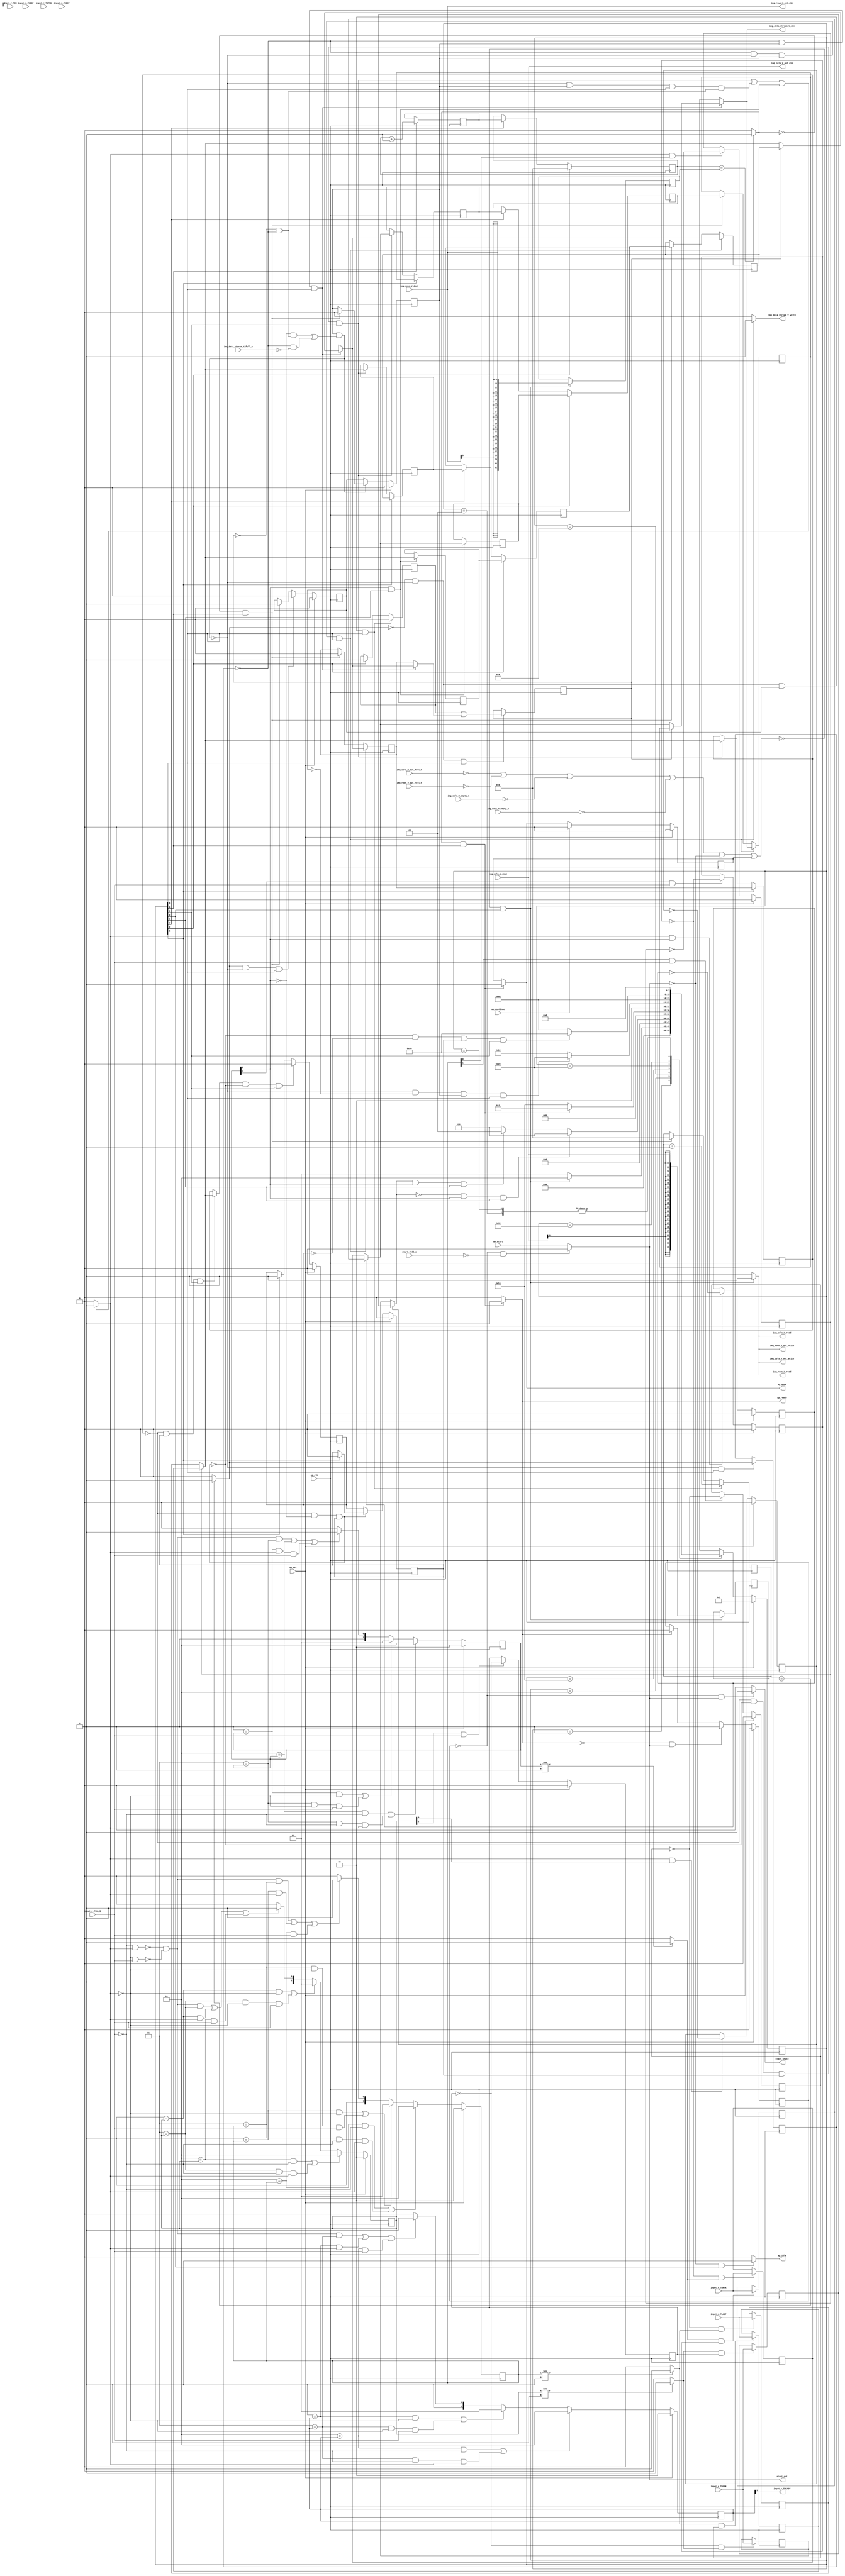
// ==============================================================
// RTL generated by Vivado(TM) HLS - High-Level Synthesis from C, C++ and SystemC
// Version: 2018.2
// Copyright (C) 1986-2018 Xilinx, Inc. All Rights Reserved.
// 
// ===========================================================

`timescale 1 ns / 1 ps 

module AXIvideo2Mat (
        ap_clk,
        ap_rst,
        ap_start,
        start_full_n,
        ap_done,
        ap_continue,
        ap_idle,
        ap_ready,
        start_out,
        start_write,
        input_r_TDATA,
        input_r_TVALID,
        input_r_TREADY,
        input_r_TKEEP,
        input_r_TSTRB,
        input_r_TUSER,
        input_r_TLAST,
        input_r_TID,
        input_r_TDEST,
        img_rows_V_dout,
        img_rows_V_empty_n,
        img_rows_V_read,
        img_cols_V_dout,
        img_cols_V_empty_n,
        img_cols_V_read,
        img_data_stream_V_din,
        img_data_stream_V_full_n,
        img_data_stream_V_write,
        img_rows_V_out_din,
        img_rows_V_out_full_n,
        img_rows_V_out_write,
        img_cols_V_out_din,
        img_cols_V_out_full_n,
        img_cols_V_out_write
);

parameter    ap_ST_fsm_state1 = 8'd1;
parameter    ap_ST_fsm_state2 = 8'd2;
parameter    ap_ST_fsm_state3 = 8'd4;
parameter    ap_ST_fsm_state4 = 8'd8;
parameter    ap_ST_fsm_pp1_stage0 = 8'd16;
parameter    ap_ST_fsm_state7 = 8'd32;
parameter    ap_ST_fsm_pp2_stage0 = 8'd64;
parameter    ap_ST_fsm_state10 = 8'd128;

input   ap_clk;
input   ap_rst;
input   ap_start;
input   start_full_n;
output   ap_done;
input   ap_continue;
output   ap_idle;
output   ap_ready;
output   start_out;
output   start_write;
input  [7:0] input_r_TDATA;
input   input_r_TVALID;
output   input_r_TREADY;
input  [0:0] input_r_TKEEP;
input  [0:0] input_r_TSTRB;
input  [0:0] input_r_TUSER;
input  [0:0] input_r_TLAST;
input  [0:0] input_r_TID;
input  [0:0] input_r_TDEST;
input  [9:0] img_rows_V_dout;
input   img_rows_V_empty_n;
output   img_rows_V_read;
input  [10:0] img_cols_V_dout;
input   img_cols_V_empty_n;
output   img_cols_V_read;
output  [7:0] img_data_stream_V_din;
input   img_data_stream_V_full_n;
output   img_data_stream_V_write;
output  [9:0] img_rows_V_out_din;
input   img_rows_V_out_full_n;
output   img_rows_V_out_write;
output  [10:0] img_cols_V_out_din;
input   img_cols_V_out_full_n;
output   img_cols_V_out_write;

reg ap_done;
reg ap_idle;
reg start_write;
reg img_rows_V_read;
reg img_cols_V_read;
reg img_data_stream_V_write;
reg img_rows_V_out_write;
reg img_cols_V_out_write;

reg    real_start;
reg    start_once_reg;
reg    ap_done_reg;
(* fsm_encoding = "none" *) reg   [7:0] ap_CS_fsm;
wire    ap_CS_fsm_state1;
reg    internal_ap_ready;
reg   [7:0] AXI_video_strm_V_data_V_0_data_out;
wire    AXI_video_strm_V_data_V_0_vld_in;
wire    AXI_video_strm_V_data_V_0_vld_out;
wire    AXI_video_strm_V_data_V_0_ack_in;
reg    AXI_video_strm_V_data_V_0_ack_out;
reg   [7:0] AXI_video_strm_V_data_V_0_payload_A;
reg   [7:0] AXI_video_strm_V_data_V_0_payload_B;
reg    AXI_video_strm_V_data_V_0_sel_rd;
reg    AXI_video_strm_V_data_V_0_sel_wr;
wire    AXI_video_strm_V_data_V_0_sel;
wire    AXI_video_strm_V_data_V_0_load_A;
wire    AXI_video_strm_V_data_V_0_load_B;
reg   [1:0] AXI_video_strm_V_data_V_0_state;
wire    AXI_video_strm_V_data_V_0_state_cmp_full;
reg   [0:0] AXI_video_strm_V_user_V_0_data_out;
wire    AXI_video_strm_V_user_V_0_vld_in;
wire    AXI_video_strm_V_user_V_0_vld_out;
wire    AXI_video_strm_V_user_V_0_ack_in;
reg    AXI_video_strm_V_user_V_0_ack_out;
reg   [0:0] AXI_video_strm_V_user_V_0_payload_A;
reg   [0:0] AXI_video_strm_V_user_V_0_payload_B;
reg    AXI_video_strm_V_user_V_0_sel_rd;
reg    AXI_video_strm_V_user_V_0_sel_wr;
wire    AXI_video_strm_V_user_V_0_sel;
wire    AXI_video_strm_V_user_V_0_load_A;
wire    AXI_video_strm_V_user_V_0_load_B;
reg   [1:0] AXI_video_strm_V_user_V_0_state;
wire    AXI_video_strm_V_user_V_0_state_cmp_full;
reg   [0:0] AXI_video_strm_V_last_V_0_data_out;
wire    AXI_video_strm_V_last_V_0_vld_in;
wire    AXI_video_strm_V_last_V_0_vld_out;
wire    AXI_video_strm_V_last_V_0_ack_in;
reg    AXI_video_strm_V_last_V_0_ack_out;
reg   [0:0] AXI_video_strm_V_last_V_0_payload_A;
reg   [0:0] AXI_video_strm_V_last_V_0_payload_B;
reg    AXI_video_strm_V_last_V_0_sel_rd;
reg    AXI_video_strm_V_last_V_0_sel_wr;
wire    AXI_video_strm_V_last_V_0_sel;
wire    AXI_video_strm_V_last_V_0_load_A;
wire    AXI_video_strm_V_last_V_0_load_B;
reg   [1:0] AXI_video_strm_V_last_V_0_state;
wire    AXI_video_strm_V_last_V_0_state_cmp_full;
wire    AXI_video_strm_V_dest_V_0_vld_in;
reg    AXI_video_strm_V_dest_V_0_ack_out;
reg   [1:0] AXI_video_strm_V_dest_V_0_state;
reg    input_r_TDATA_blk_n;
wire    ap_CS_fsm_state2;
wire    ap_CS_fsm_pp1_stage0;
reg    ap_enable_reg_pp1_iter1;
wire    ap_block_pp1_stage0;
reg   [0:0] exitcond_i_reg_444;
reg   [0:0] brmerge_i_reg_453;
wire    ap_CS_fsm_pp2_stage0;
reg    ap_enable_reg_pp2_iter1;
wire    ap_block_pp2_stage0;
reg   [0:0] eol_2_i_reg_307;
reg    img_rows_V_blk_n;
reg    img_cols_V_blk_n;
reg    img_data_stream_V_blk_n;
reg    img_rows_V_out_blk_n;
reg    img_cols_V_out_blk_n;
reg   [31:0] t_V_2_reg_236;
reg   [0:0] eol_i_reg_247;
reg   [0:0] eol_reg_259;
reg   [7:0] axi_data_V_1_i_reg_270;
reg   [0:0] axi_last_V_3_i_reg_318;
reg   [7:0] axi_data_V_3_i_reg_330;
wire  signed [31:0] rows_V_fu_352_p1;
reg  signed [31:0] rows_V_reg_405;
reg    ap_block_state1;
wire  signed [31:0] cols_V_fu_356_p1;
reg  signed [31:0] cols_V_reg_410;
reg   [7:0] tmp_data_V_reg_415;
reg   [0:0] tmp_last_V_reg_423;
wire   [0:0] exitcond2_i_fu_369_p2;
wire    ap_CS_fsm_state4;
wire   [31:0] i_V_fu_374_p2;
reg   [31:0] i_V_reg_439;
wire   [0:0] exitcond_i_fu_380_p2;
wire    ap_block_state5_pp1_stage0_iter0;
reg    ap_predicate_op71_read_state6;
reg    ap_block_state6_pp1_stage0_iter1;
reg    ap_block_pp1_stage0_11001;
wire   [31:0] j_V_fu_385_p2;
reg    ap_enable_reg_pp1_iter0;
wire   [0:0] brmerge_i_fu_394_p2;
wire    ap_block_state8_pp2_stage0_iter0;
reg    ap_block_state9_pp2_stage0_iter1;
reg    ap_block_pp2_stage0_11001;
reg    ap_block_pp1_stage0_subdone;
reg    ap_enable_reg_pp2_iter0;
wire    ap_CS_fsm_state7;
reg    ap_block_pp2_stage0_subdone;
reg   [0:0] ap_phi_mux_eol_2_i_phi_fu_310_p4;
reg   [0:0] axi_last_V1_i_reg_205;
wire    ap_CS_fsm_state10;
wire    ap_CS_fsm_state3;
reg   [7:0] axi_data_V1_i_reg_215;
reg   [31:0] t_V_reg_225;
reg   [0:0] ap_phi_mux_eol_i_phi_fu_251_p4;
reg   [0:0] ap_phi_mux_axi_last_V_2_i_phi_fu_286_p4;
reg   [7:0] ap_phi_mux_p_Val2_s_phi_fu_298_p4;
wire   [0:0] ap_phi_reg_pp1_iter1_axi_last_V_2_i_reg_281;
wire   [7:0] ap_phi_reg_pp1_iter1_p_Val2_s_reg_294;
reg    ap_block_pp1_stage0_01001;
reg   [0:0] sof_1_i_fu_148;
wire  signed [9:0] rows_V_fu_352_p0;
wire  signed [10:0] cols_V_fu_356_p0;
wire   [0:0] tmp_user_V_fu_360_p1;
reg   [7:0] ap_NS_fsm;
reg    ap_idle_pp1;
wire    ap_enable_pp1;
reg    ap_idle_pp2;
wire    ap_enable_pp2;
reg    ap_condition_521;

// power-on initialization
initial begin
#0 start_once_reg = 1'b0;
#0 ap_done_reg = 1'b0;
#0 ap_CS_fsm = 8'd1;
#0 AXI_video_strm_V_data_V_0_sel_rd = 1'b0;
#0 AXI_video_strm_V_data_V_0_sel_wr = 1'b0;
#0 AXI_video_strm_V_data_V_0_state = 2'd0;
#0 AXI_video_strm_V_user_V_0_sel_rd = 1'b0;
#0 AXI_video_strm_V_user_V_0_sel_wr = 1'b0;
#0 AXI_video_strm_V_user_V_0_state = 2'd0;
#0 AXI_video_strm_V_last_V_0_sel_rd = 1'b0;
#0 AXI_video_strm_V_last_V_0_sel_wr = 1'b0;
#0 AXI_video_strm_V_last_V_0_state = 2'd0;
#0 AXI_video_strm_V_dest_V_0_state = 2'd0;
#0 ap_enable_reg_pp1_iter1 = 1'b0;
#0 ap_enable_reg_pp2_iter1 = 1'b0;
#0 ap_enable_reg_pp1_iter0 = 1'b0;
#0 ap_enable_reg_pp2_iter0 = 1'b0;
end

always @ (posedge ap_clk) begin
    if (ap_rst == 1'b1) begin
        AXI_video_strm_V_data_V_0_sel_rd <= 1'b0;
    end else begin
        if (((1'b1 == AXI_video_strm_V_data_V_0_ack_out) & (1'b1 == AXI_video_strm_V_data_V_0_vld_out))) begin
            AXI_video_strm_V_data_V_0_sel_rd <= ~AXI_video_strm_V_data_V_0_sel_rd;
        end
    end
end

always @ (posedge ap_clk) begin
    if (ap_rst == 1'b1) begin
        AXI_video_strm_V_data_V_0_sel_wr <= 1'b0;
    end else begin
        if (((1'b1 == AXI_video_strm_V_data_V_0_ack_in) & (1'b1 == AXI_video_strm_V_data_V_0_vld_in))) begin
            AXI_video_strm_V_data_V_0_sel_wr <= ~AXI_video_strm_V_data_V_0_sel_wr;
        end
    end
end

always @ (posedge ap_clk) begin
    if (ap_rst == 1'b1) begin
        AXI_video_strm_V_data_V_0_state <= 2'd0;
    end else begin
        if ((((2'd2 == AXI_video_strm_V_data_V_0_state) & (1'b0 == AXI_video_strm_V_data_V_0_vld_in)) | ((2'd3 == AXI_video_strm_V_data_V_0_state) & (1'b0 == AXI_video_strm_V_data_V_0_vld_in) & (1'b1 == AXI_video_strm_V_data_V_0_ack_out)))) begin
            AXI_video_strm_V_data_V_0_state <= 2'd2;
        end else if ((((2'd1 == AXI_video_strm_V_data_V_0_state) & (1'b0 == AXI_video_strm_V_data_V_0_ack_out)) | ((2'd3 == AXI_video_strm_V_data_V_0_state) & (1'b0 == AXI_video_strm_V_data_V_0_ack_out) & (1'b1 == AXI_video_strm_V_data_V_0_vld_in)))) begin
            AXI_video_strm_V_data_V_0_state <= 2'd1;
        end else if (((~((1'b0 == AXI_video_strm_V_data_V_0_vld_in) & (1'b1 == AXI_video_strm_V_data_V_0_ack_out)) & ~((1'b0 == AXI_video_strm_V_data_V_0_ack_out) & (1'b1 == AXI_video_strm_V_data_V_0_vld_in)) & (2'd3 == AXI_video_strm_V_data_V_0_state)) | ((2'd1 == AXI_video_strm_V_data_V_0_state) & (1'b1 == AXI_video_strm_V_data_V_0_ack_out)) | ((2'd2 == AXI_video_strm_V_data_V_0_state) & (1'b1 == AXI_video_strm_V_data_V_0_vld_in)))) begin
            AXI_video_strm_V_data_V_0_state <= 2'd3;
        end else begin
            AXI_video_strm_V_data_V_0_state <= 2'd2;
        end
    end
end

always @ (posedge ap_clk) begin
    if (ap_rst == 1'b1) begin
        AXI_video_strm_V_dest_V_0_state <= 2'd0;
    end else begin
        if ((((2'd2 == AXI_video_strm_V_dest_V_0_state) & (1'b0 == AXI_video_strm_V_dest_V_0_vld_in)) | ((2'd3 == AXI_video_strm_V_dest_V_0_state) & (1'b0 == AXI_video_strm_V_dest_V_0_vld_in) & (1'b1 == AXI_video_strm_V_dest_V_0_ack_out)))) begin
            AXI_video_strm_V_dest_V_0_state <= 2'd2;
        end else if ((((2'd1 == AXI_video_strm_V_dest_V_0_state) & (1'b0 == AXI_video_strm_V_dest_V_0_ack_out)) | ((2'd3 == AXI_video_strm_V_dest_V_0_state) & (1'b0 == AXI_video_strm_V_dest_V_0_ack_out) & (1'b1 == AXI_video_strm_V_dest_V_0_vld_in)))) begin
            AXI_video_strm_V_dest_V_0_state <= 2'd1;
        end else if (((~((1'b0 == AXI_video_strm_V_dest_V_0_vld_in) & (1'b1 == AXI_video_strm_V_dest_V_0_ack_out)) & ~((1'b0 == AXI_video_strm_V_dest_V_0_ack_out) & (1'b1 == AXI_video_strm_V_dest_V_0_vld_in)) & (2'd3 == AXI_video_strm_V_dest_V_0_state)) | ((2'd1 == AXI_video_strm_V_dest_V_0_state) & (1'b1 == AXI_video_strm_V_dest_V_0_ack_out)) | ((2'd2 == AXI_video_strm_V_dest_V_0_state) & (1'b1 == AXI_video_strm_V_dest_V_0_vld_in)))) begin
            AXI_video_strm_V_dest_V_0_state <= 2'd3;
        end else begin
            AXI_video_strm_V_dest_V_0_state <= 2'd2;
        end
    end
end

always @ (posedge ap_clk) begin
    if (ap_rst == 1'b1) begin
        AXI_video_strm_V_last_V_0_sel_rd <= 1'b0;
    end else begin
        if (((1'b1 == AXI_video_strm_V_last_V_0_ack_out) & (1'b1 == AXI_video_strm_V_last_V_0_vld_out))) begin
            AXI_video_strm_V_last_V_0_sel_rd <= ~AXI_video_strm_V_last_V_0_sel_rd;
        end
    end
end

always @ (posedge ap_clk) begin
    if (ap_rst == 1'b1) begin
        AXI_video_strm_V_last_V_0_sel_wr <= 1'b0;
    end else begin
        if (((1'b1 == AXI_video_strm_V_last_V_0_ack_in) & (1'b1 == AXI_video_strm_V_last_V_0_vld_in))) begin
            AXI_video_strm_V_last_V_0_sel_wr <= ~AXI_video_strm_V_last_V_0_sel_wr;
        end
    end
end

always @ (posedge ap_clk) begin
    if (ap_rst == 1'b1) begin
        AXI_video_strm_V_last_V_0_state <= 2'd0;
    end else begin
        if ((((2'd2 == AXI_video_strm_V_last_V_0_state) & (1'b0 == AXI_video_strm_V_last_V_0_vld_in)) | ((2'd3 == AXI_video_strm_V_last_V_0_state) & (1'b0 == AXI_video_strm_V_last_V_0_vld_in) & (1'b1 == AXI_video_strm_V_last_V_0_ack_out)))) begin
            AXI_video_strm_V_last_V_0_state <= 2'd2;
        end else if ((((2'd1 == AXI_video_strm_V_last_V_0_state) & (1'b0 == AXI_video_strm_V_last_V_0_ack_out)) | ((2'd3 == AXI_video_strm_V_last_V_0_state) & (1'b0 == AXI_video_strm_V_last_V_0_ack_out) & (1'b1 == AXI_video_strm_V_last_V_0_vld_in)))) begin
            AXI_video_strm_V_last_V_0_state <= 2'd1;
        end else if (((~((1'b0 == AXI_video_strm_V_last_V_0_vld_in) & (1'b1 == AXI_video_strm_V_last_V_0_ack_out)) & ~((1'b0 == AXI_video_strm_V_last_V_0_ack_out) & (1'b1 == AXI_video_strm_V_last_V_0_vld_in)) & (2'd3 == AXI_video_strm_V_last_V_0_state)) | ((2'd1 == AXI_video_strm_V_last_V_0_state) & (1'b1 == AXI_video_strm_V_last_V_0_ack_out)) | ((2'd2 == AXI_video_strm_V_last_V_0_state) & (1'b1 == AXI_video_strm_V_last_V_0_vld_in)))) begin
            AXI_video_strm_V_last_V_0_state <= 2'd3;
        end else begin
            AXI_video_strm_V_last_V_0_state <= 2'd2;
        end
    end
end

always @ (posedge ap_clk) begin
    if (ap_rst == 1'b1) begin
        AXI_video_strm_V_user_V_0_sel_rd <= 1'b0;
    end else begin
        if (((1'b1 == AXI_video_strm_V_user_V_0_ack_out) & (1'b1 == AXI_video_strm_V_user_V_0_vld_out))) begin
            AXI_video_strm_V_user_V_0_sel_rd <= ~AXI_video_strm_V_user_V_0_sel_rd;
        end
    end
end

always @ (posedge ap_clk) begin
    if (ap_rst == 1'b1) begin
        AXI_video_strm_V_user_V_0_sel_wr <= 1'b0;
    end else begin
        if (((1'b1 == AXI_video_strm_V_user_V_0_ack_in) & (1'b1 == AXI_video_strm_V_user_V_0_vld_in))) begin
            AXI_video_strm_V_user_V_0_sel_wr <= ~AXI_video_strm_V_user_V_0_sel_wr;
        end
    end
end

always @ (posedge ap_clk) begin
    if (ap_rst == 1'b1) begin
        AXI_video_strm_V_user_V_0_state <= 2'd0;
    end else begin
        if ((((2'd2 == AXI_video_strm_V_user_V_0_state) & (1'b0 == AXI_video_strm_V_user_V_0_vld_in)) | ((2'd3 == AXI_video_strm_V_user_V_0_state) & (1'b0 == AXI_video_strm_V_user_V_0_vld_in) & (1'b1 == AXI_video_strm_V_user_V_0_ack_out)))) begin
            AXI_video_strm_V_user_V_0_state <= 2'd2;
        end else if ((((2'd1 == AXI_video_strm_V_user_V_0_state) & (1'b0 == AXI_video_strm_V_user_V_0_ack_out)) | ((2'd3 == AXI_video_strm_V_user_V_0_state) & (1'b0 == AXI_video_strm_V_user_V_0_ack_out) & (1'b1 == AXI_video_strm_V_user_V_0_vld_in)))) begin
            AXI_video_strm_V_user_V_0_state <= 2'd1;
        end else if (((~((1'b0 == AXI_video_strm_V_user_V_0_vld_in) & (1'b1 == AXI_video_strm_V_user_V_0_ack_out)) & ~((1'b0 == AXI_video_strm_V_user_V_0_ack_out) & (1'b1 == AXI_video_strm_V_user_V_0_vld_in)) & (2'd3 == AXI_video_strm_V_user_V_0_state)) | ((2'd1 == AXI_video_strm_V_user_V_0_state) & (1'b1 == AXI_video_strm_V_user_V_0_ack_out)) | ((2'd2 == AXI_video_strm_V_user_V_0_state) & (1'b1 == AXI_video_strm_V_user_V_0_vld_in)))) begin
            AXI_video_strm_V_user_V_0_state <= 2'd3;
        end else begin
            AXI_video_strm_V_user_V_0_state <= 2'd2;
        end
    end
end

always @ (posedge ap_clk) begin
    if (ap_rst == 1'b1) begin
        ap_CS_fsm <= ap_ST_fsm_state1;
    end else begin
        ap_CS_fsm <= ap_NS_fsm;
    end
end

always @ (posedge ap_clk) begin
    if (ap_rst == 1'b1) begin
        ap_done_reg <= 1'b0;
    end else begin
        if ((ap_continue == 1'b1)) begin
            ap_done_reg <= 1'b0;
        end else if (((exitcond2_i_fu_369_p2 == 1'd1) & (1'b1 == ap_CS_fsm_state4))) begin
            ap_done_reg <= 1'b1;
        end
    end
end

always @ (posedge ap_clk) begin
    if (ap_rst == 1'b1) begin
        ap_enable_reg_pp1_iter0 <= 1'b0;
    end else begin
        if (((exitcond_i_fu_380_p2 == 1'd1) & (1'b0 == ap_block_pp1_stage0_subdone) & (1'b1 == ap_CS_fsm_pp1_stage0))) begin
            ap_enable_reg_pp1_iter0 <= 1'b0;
        end else if (((exitcond2_i_fu_369_p2 == 1'd0) & (1'b1 == ap_CS_fsm_state4))) begin
            ap_enable_reg_pp1_iter0 <= 1'b1;
        end
    end
end

always @ (posedge ap_clk) begin
    if (ap_rst == 1'b1) begin
        ap_enable_reg_pp1_iter1 <= 1'b0;
    end else begin
        if ((1'b0 == ap_block_pp1_stage0_subdone)) begin
            ap_enable_reg_pp1_iter1 <= ap_enable_reg_pp1_iter0;
        end else if (((exitcond2_i_fu_369_p2 == 1'd0) & (1'b1 == ap_CS_fsm_state4))) begin
            ap_enable_reg_pp1_iter1 <= 1'b0;
        end
    end
end

always @ (posedge ap_clk) begin
    if (ap_rst == 1'b1) begin
        ap_enable_reg_pp2_iter0 <= 1'b0;
    end else begin
        if (((ap_phi_mux_eol_2_i_phi_fu_310_p4 == 1'd1) & (1'b0 == ap_block_pp2_stage0_subdone) & (1'b1 == ap_CS_fsm_pp2_stage0))) begin
            ap_enable_reg_pp2_iter0 <= 1'b0;
        end else if ((1'b1 == ap_CS_fsm_state7)) begin
            ap_enable_reg_pp2_iter0 <= 1'b1;
        end
    end
end

always @ (posedge ap_clk) begin
    if (ap_rst == 1'b1) begin
        ap_enable_reg_pp2_iter1 <= 1'b0;
    end else begin
        if ((1'b0 == ap_block_pp2_stage0_subdone)) begin
            ap_enable_reg_pp2_iter1 <= ap_enable_reg_pp2_iter0;
        end else if ((1'b1 == ap_CS_fsm_state7)) begin
            ap_enable_reg_pp2_iter1 <= 1'b0;
        end
    end
end

always @ (posedge ap_clk) begin
    if (ap_rst == 1'b1) begin
        start_once_reg <= 1'b0;
    end else begin
        if (((internal_ap_ready == 1'b0) & (real_start == 1'b1))) begin
            start_once_reg <= 1'b1;
        end else if ((internal_ap_ready == 1'b1)) begin
            start_once_reg <= 1'b0;
        end
    end
end

always @ (posedge ap_clk) begin
    if ((1'b1 == ap_CS_fsm_state3)) begin
        axi_data_V1_i_reg_215 <= tmp_data_V_reg_415;
    end else if ((1'b1 == ap_CS_fsm_state10)) begin
        axi_data_V1_i_reg_215 <= axi_data_V_3_i_reg_330;
    end
end

always @ (posedge ap_clk) begin
    if (((exitcond_i_reg_444 == 1'd0) & (1'b0 == ap_block_pp1_stage0_11001) & (ap_enable_reg_pp1_iter1 == 1'b1) & (1'b1 == ap_CS_fsm_pp1_stage0))) begin
        axi_data_V_1_i_reg_270 <= ap_phi_mux_p_Val2_s_phi_fu_298_p4;
    end else if (((exitcond2_i_fu_369_p2 == 1'd0) & (1'b1 == ap_CS_fsm_state4))) begin
        axi_data_V_1_i_reg_270 <= axi_data_V1_i_reg_215;
    end
end

always @ (posedge ap_clk) begin
    if ((1'b1 == ap_CS_fsm_state7)) begin
        axi_data_V_3_i_reg_330 <= axi_data_V_1_i_reg_270;
    end else if (((eol_2_i_reg_307 == 1'd0) & (1'b0 == ap_block_pp2_stage0_11001) & (ap_enable_reg_pp2_iter1 == 1'b1) & (1'b1 == ap_CS_fsm_pp2_stage0))) begin
        axi_data_V_3_i_reg_330 <= AXI_video_strm_V_data_V_0_data_out;
    end
end

always @ (posedge ap_clk) begin
    if ((1'b1 == ap_CS_fsm_state3)) begin
        axi_last_V1_i_reg_205 <= tmp_last_V_reg_423;
    end else if ((1'b1 == ap_CS_fsm_state10)) begin
        axi_last_V1_i_reg_205 <= axi_last_V_3_i_reg_318;
    end
end

always @ (posedge ap_clk) begin
    if ((1'b1 == ap_CS_fsm_state7)) begin
        axi_last_V_3_i_reg_318 <= eol_reg_259;
    end else if (((eol_2_i_reg_307 == 1'd0) & (1'b0 == ap_block_pp2_stage0_11001) & (ap_enable_reg_pp2_iter1 == 1'b1) & (1'b1 == ap_CS_fsm_pp2_stage0))) begin
        axi_last_V_3_i_reg_318 <= AXI_video_strm_V_last_V_0_data_out;
    end
end

always @ (posedge ap_clk) begin
    if ((1'b1 == ap_CS_fsm_state7)) begin
        eol_2_i_reg_307 <= eol_i_reg_247;
    end else if (((eol_2_i_reg_307 == 1'd0) & (1'b0 == ap_block_pp2_stage0_11001) & (ap_enable_reg_pp2_iter1 == 1'b1) & (1'b1 == ap_CS_fsm_pp2_stage0))) begin
        eol_2_i_reg_307 <= AXI_video_strm_V_last_V_0_data_out;
    end
end

always @ (posedge ap_clk) begin
    if (((exitcond_i_reg_444 == 1'd0) & (1'b0 == ap_block_pp1_stage0_11001) & (ap_enable_reg_pp1_iter1 == 1'b1) & (1'b1 == ap_CS_fsm_pp1_stage0))) begin
        eol_i_reg_247 <= ap_phi_mux_axi_last_V_2_i_phi_fu_286_p4;
    end else if (((exitcond2_i_fu_369_p2 == 1'd0) & (1'b1 == ap_CS_fsm_state4))) begin
        eol_i_reg_247 <= 1'd0;
    end
end

always @ (posedge ap_clk) begin
    if (((exitcond_i_reg_444 == 1'd0) & (1'b0 == ap_block_pp1_stage0_11001) & (ap_enable_reg_pp1_iter1 == 1'b1) & (1'b1 == ap_CS_fsm_pp1_stage0))) begin
        eol_reg_259 <= ap_phi_mux_axi_last_V_2_i_phi_fu_286_p4;
    end else if (((exitcond2_i_fu_369_p2 == 1'd0) & (1'b1 == ap_CS_fsm_state4))) begin
        eol_reg_259 <= axi_last_V1_i_reg_205;
    end
end

always @ (posedge ap_clk) begin
    if (((exitcond_i_fu_380_p2 == 1'd0) & (1'b0 == ap_block_pp1_stage0_11001) & (ap_enable_reg_pp1_iter0 == 1'b1) & (1'b1 == ap_CS_fsm_pp1_stage0))) begin
        sof_1_i_fu_148 <= 1'd0;
    end else if ((1'b1 == ap_CS_fsm_state3)) begin
        sof_1_i_fu_148 <= 1'd1;
    end
end

always @ (posedge ap_clk) begin
    if (((exitcond_i_fu_380_p2 == 1'd0) & (1'b0 == ap_block_pp1_stage0_11001) & (ap_enable_reg_pp1_iter0 == 1'b1) & (1'b1 == ap_CS_fsm_pp1_stage0))) begin
        t_V_2_reg_236 <= j_V_fu_385_p2;
    end else if (((exitcond2_i_fu_369_p2 == 1'd0) & (1'b1 == ap_CS_fsm_state4))) begin
        t_V_2_reg_236 <= 32'd0;
    end
end

always @ (posedge ap_clk) begin
    if ((1'b1 == ap_CS_fsm_state3)) begin
        t_V_reg_225 <= 32'd0;
    end else if ((1'b1 == ap_CS_fsm_state10)) begin
        t_V_reg_225 <= i_V_reg_439;
    end
end

always @ (posedge ap_clk) begin
    if ((1'b1 == AXI_video_strm_V_data_V_0_load_A)) begin
        AXI_video_strm_V_data_V_0_payload_A <= input_r_TDATA;
    end
end

always @ (posedge ap_clk) begin
    if ((1'b1 == AXI_video_strm_V_data_V_0_load_B)) begin
        AXI_video_strm_V_data_V_0_payload_B <= input_r_TDATA;
    end
end

always @ (posedge ap_clk) begin
    if ((1'b1 == AXI_video_strm_V_last_V_0_load_A)) begin
        AXI_video_strm_V_last_V_0_payload_A <= input_r_TLAST;
    end
end

always @ (posedge ap_clk) begin
    if ((1'b1 == AXI_video_strm_V_last_V_0_load_B)) begin
        AXI_video_strm_V_last_V_0_payload_B <= input_r_TLAST;
    end
end

always @ (posedge ap_clk) begin
    if ((1'b1 == AXI_video_strm_V_user_V_0_load_A)) begin
        AXI_video_strm_V_user_V_0_payload_A <= input_r_TUSER;
    end
end

always @ (posedge ap_clk) begin
    if ((1'b1 == AXI_video_strm_V_user_V_0_load_B)) begin
        AXI_video_strm_V_user_V_0_payload_B <= input_r_TUSER;
    end
end

always @ (posedge ap_clk) begin
    if (((exitcond_i_fu_380_p2 == 1'd0) & (1'b0 == ap_block_pp1_stage0_11001) & (1'b1 == ap_CS_fsm_pp1_stage0))) begin
        brmerge_i_reg_453 <= brmerge_i_fu_394_p2;
    end
end

always @ (posedge ap_clk) begin
    if ((~((img_cols_V_out_full_n == 1'b0) | (img_rows_V_out_full_n == 1'b0) | (img_cols_V_empty_n == 1'b0) | (img_rows_V_empty_n == 1'b0) | (real_start == 1'b0) | (ap_done_reg == 1'b1)) & (1'b1 == ap_CS_fsm_state1))) begin
        cols_V_reg_410 <= cols_V_fu_356_p1;
        rows_V_reg_405 <= rows_V_fu_352_p1;
    end
end

always @ (posedge ap_clk) begin
    if (((1'b0 == ap_block_pp1_stage0_11001) & (1'b1 == ap_CS_fsm_pp1_stage0))) begin
        exitcond_i_reg_444 <= exitcond_i_fu_380_p2;
    end
end

always @ (posedge ap_clk) begin
    if ((1'b1 == ap_CS_fsm_state4)) begin
        i_V_reg_439 <= i_V_fu_374_p2;
    end
end

always @ (posedge ap_clk) begin
    if (((1'b1 == AXI_video_strm_V_data_V_0_vld_out) & (1'b1 == ap_CS_fsm_state2))) begin
        tmp_data_V_reg_415 <= AXI_video_strm_V_data_V_0_data_out;
        tmp_last_V_reg_423 <= AXI_video_strm_V_last_V_0_data_out;
    end
end

always @ (*) begin
    if ((((eol_2_i_reg_307 == 1'd0) & (1'b0 == ap_block_pp2_stage0_11001) & (ap_enable_reg_pp2_iter1 == 1'b1) & (1'b1 == ap_CS_fsm_pp2_stage0)) | ((1'b0 == ap_block_pp1_stage0_11001) & (ap_enable_reg_pp1_iter1 == 1'b1) & (1'b1 == ap_CS_fsm_pp1_stage0) & (ap_predicate_op71_read_state6 == 1'b1)) | ((1'b1 == AXI_video_strm_V_data_V_0_vld_out) & (1'b1 == ap_CS_fsm_state2)))) begin
        AXI_video_strm_V_data_V_0_ack_out = 1'b1;
    end else begin
        AXI_video_strm_V_data_V_0_ack_out = 1'b0;
    end
end

always @ (*) begin
    if ((1'b1 == AXI_video_strm_V_data_V_0_sel)) begin
        AXI_video_strm_V_data_V_0_data_out = AXI_video_strm_V_data_V_0_payload_B;
    end else begin
        AXI_video_strm_V_data_V_0_data_out = AXI_video_strm_V_data_V_0_payload_A;
    end
end

always @ (*) begin
    if ((((eol_2_i_reg_307 == 1'd0) & (1'b0 == ap_block_pp2_stage0_11001) & (ap_enable_reg_pp2_iter1 == 1'b1) & (1'b1 == ap_CS_fsm_pp2_stage0)) | ((1'b0 == ap_block_pp1_stage0_11001) & (ap_enable_reg_pp1_iter1 == 1'b1) & (1'b1 == ap_CS_fsm_pp1_stage0) & (ap_predicate_op71_read_state6 == 1'b1)) | ((1'b1 == AXI_video_strm_V_data_V_0_vld_out) & (1'b1 == ap_CS_fsm_state2)))) begin
        AXI_video_strm_V_dest_V_0_ack_out = 1'b1;
    end else begin
        AXI_video_strm_V_dest_V_0_ack_out = 1'b0;
    end
end

always @ (*) begin
    if ((((eol_2_i_reg_307 == 1'd0) & (1'b0 == ap_block_pp2_stage0_11001) & (ap_enable_reg_pp2_iter1 == 1'b1) & (1'b1 == ap_CS_fsm_pp2_stage0)) | ((1'b0 == ap_block_pp1_stage0_11001) & (ap_enable_reg_pp1_iter1 == 1'b1) & (1'b1 == ap_CS_fsm_pp1_stage0) & (ap_predicate_op71_read_state6 == 1'b1)) | ((1'b1 == AXI_video_strm_V_data_V_0_vld_out) & (1'b1 == ap_CS_fsm_state2)))) begin
        AXI_video_strm_V_last_V_0_ack_out = 1'b1;
    end else begin
        AXI_video_strm_V_last_V_0_ack_out = 1'b0;
    end
end

always @ (*) begin
    if ((1'b1 == AXI_video_strm_V_last_V_0_sel)) begin
        AXI_video_strm_V_last_V_0_data_out = AXI_video_strm_V_last_V_0_payload_B;
    end else begin
        AXI_video_strm_V_last_V_0_data_out = AXI_video_strm_V_last_V_0_payload_A;
    end
end

always @ (*) begin
    if ((((eol_2_i_reg_307 == 1'd0) & (1'b0 == ap_block_pp2_stage0_11001) & (ap_enable_reg_pp2_iter1 == 1'b1) & (1'b1 == ap_CS_fsm_pp2_stage0)) | ((1'b0 == ap_block_pp1_stage0_11001) & (ap_enable_reg_pp1_iter1 == 1'b1) & (1'b1 == ap_CS_fsm_pp1_stage0) & (ap_predicate_op71_read_state6 == 1'b1)) | ((1'b1 == AXI_video_strm_V_data_V_0_vld_out) & (1'b1 == ap_CS_fsm_state2)))) begin
        AXI_video_strm_V_user_V_0_ack_out = 1'b1;
    end else begin
        AXI_video_strm_V_user_V_0_ack_out = 1'b0;
    end
end

always @ (*) begin
    if ((1'b1 == AXI_video_strm_V_user_V_0_sel)) begin
        AXI_video_strm_V_user_V_0_data_out = AXI_video_strm_V_user_V_0_payload_B;
    end else begin
        AXI_video_strm_V_user_V_0_data_out = AXI_video_strm_V_user_V_0_payload_A;
    end
end

always @ (*) begin
    if (((exitcond2_i_fu_369_p2 == 1'd1) & (1'b1 == ap_CS_fsm_state4))) begin
        ap_done = 1'b1;
    end else begin
        ap_done = ap_done_reg;
    end
end

always @ (*) begin
    if (((real_start == 1'b0) & (1'b1 == ap_CS_fsm_state1))) begin
        ap_idle = 1'b1;
    end else begin
        ap_idle = 1'b0;
    end
end

always @ (*) begin
    if (((ap_enable_reg_pp1_iter0 == 1'b0) & (ap_enable_reg_pp1_iter1 == 1'b0))) begin
        ap_idle_pp1 = 1'b1;
    end else begin
        ap_idle_pp1 = 1'b0;
    end
end

always @ (*) begin
    if (((ap_enable_reg_pp2_iter0 == 1'b0) & (ap_enable_reg_pp2_iter1 == 1'b0))) begin
        ap_idle_pp2 = 1'b1;
    end else begin
        ap_idle_pp2 = 1'b0;
    end
end

always @ (*) begin
    if ((1'b1 == ap_condition_521)) begin
        if ((brmerge_i_reg_453 == 1'd1)) begin
            ap_phi_mux_axi_last_V_2_i_phi_fu_286_p4 = eol_reg_259;
        end else if ((brmerge_i_reg_453 == 1'd0)) begin
            ap_phi_mux_axi_last_V_2_i_phi_fu_286_p4 = AXI_video_strm_V_last_V_0_data_out;
        end else begin
            ap_phi_mux_axi_last_V_2_i_phi_fu_286_p4 = ap_phi_reg_pp1_iter1_axi_last_V_2_i_reg_281;
        end
    end else begin
        ap_phi_mux_axi_last_V_2_i_phi_fu_286_p4 = ap_phi_reg_pp1_iter1_axi_last_V_2_i_reg_281;
    end
end

always @ (*) begin
    if (((eol_2_i_reg_307 == 1'd0) & (1'b0 == ap_block_pp2_stage0) & (ap_enable_reg_pp2_iter1 == 1'b1) & (1'b1 == ap_CS_fsm_pp2_stage0))) begin
        ap_phi_mux_eol_2_i_phi_fu_310_p4 = AXI_video_strm_V_last_V_0_data_out;
    end else begin
        ap_phi_mux_eol_2_i_phi_fu_310_p4 = eol_2_i_reg_307;
    end
end

always @ (*) begin
    if (((exitcond_i_reg_444 == 1'd0) & (1'b0 == ap_block_pp1_stage0) & (ap_enable_reg_pp1_iter1 == 1'b1) & (1'b1 == ap_CS_fsm_pp1_stage0))) begin
        ap_phi_mux_eol_i_phi_fu_251_p4 = ap_phi_mux_axi_last_V_2_i_phi_fu_286_p4;
    end else begin
        ap_phi_mux_eol_i_phi_fu_251_p4 = eol_i_reg_247;
    end
end

always @ (*) begin
    if ((1'b1 == ap_condition_521)) begin
        if ((brmerge_i_reg_453 == 1'd1)) begin
            ap_phi_mux_p_Val2_s_phi_fu_298_p4 = axi_data_V_1_i_reg_270;
        end else if ((brmerge_i_reg_453 == 1'd0)) begin
            ap_phi_mux_p_Val2_s_phi_fu_298_p4 = AXI_video_strm_V_data_V_0_data_out;
        end else begin
            ap_phi_mux_p_Val2_s_phi_fu_298_p4 = ap_phi_reg_pp1_iter1_p_Val2_s_reg_294;
        end
    end else begin
        ap_phi_mux_p_Val2_s_phi_fu_298_p4 = ap_phi_reg_pp1_iter1_p_Val2_s_reg_294;
    end
end

always @ (*) begin
    if ((~((real_start == 1'b0) | (ap_done_reg == 1'b1)) & (1'b1 == ap_CS_fsm_state1))) begin
        img_cols_V_blk_n = img_cols_V_empty_n;
    end else begin
        img_cols_V_blk_n = 1'b1;
    end
end

always @ (*) begin
    if ((~((real_start == 1'b0) | (ap_done_reg == 1'b1)) & (1'b1 == ap_CS_fsm_state1))) begin
        img_cols_V_out_blk_n = img_cols_V_out_full_n;
    end else begin
        img_cols_V_out_blk_n = 1'b1;
    end
end

always @ (*) begin
    if ((~((img_cols_V_out_full_n == 1'b0) | (img_rows_V_out_full_n == 1'b0) | (img_cols_V_empty_n == 1'b0) | (img_rows_V_empty_n == 1'b0) | (real_start == 1'b0) | (ap_done_reg == 1'b1)) & (1'b1 == ap_CS_fsm_state1))) begin
        img_cols_V_out_write = 1'b1;
    end else begin
        img_cols_V_out_write = 1'b0;
    end
end

always @ (*) begin
    if ((~((img_cols_V_out_full_n == 1'b0) | (img_rows_V_out_full_n == 1'b0) | (img_cols_V_empty_n == 1'b0) | (img_rows_V_empty_n == 1'b0) | (real_start == 1'b0) | (ap_done_reg == 1'b1)) & (1'b1 == ap_CS_fsm_state1))) begin
        img_cols_V_read = 1'b1;
    end else begin
        img_cols_V_read = 1'b0;
    end
end

always @ (*) begin
    if (((exitcond_i_reg_444 == 1'd0) & (1'b0 == ap_block_pp1_stage0) & (ap_enable_reg_pp1_iter1 == 1'b1) & (1'b1 == ap_CS_fsm_pp1_stage0))) begin
        img_data_stream_V_blk_n = img_data_stream_V_full_n;
    end else begin
        img_data_stream_V_blk_n = 1'b1;
    end
end

always @ (*) begin
    if (((exitcond_i_reg_444 == 1'd0) & (1'b0 == ap_block_pp1_stage0_11001) & (ap_enable_reg_pp1_iter1 == 1'b1) & (1'b1 == ap_CS_fsm_pp1_stage0))) begin
        img_data_stream_V_write = 1'b1;
    end else begin
        img_data_stream_V_write = 1'b0;
    end
end

always @ (*) begin
    if ((~((real_start == 1'b0) | (ap_done_reg == 1'b1)) & (1'b1 == ap_CS_fsm_state1))) begin
        img_rows_V_blk_n = img_rows_V_empty_n;
    end else begin
        img_rows_V_blk_n = 1'b1;
    end
end

always @ (*) begin
    if ((~((real_start == 1'b0) | (ap_done_reg == 1'b1)) & (1'b1 == ap_CS_fsm_state1))) begin
        img_rows_V_out_blk_n = img_rows_V_out_full_n;
    end else begin
        img_rows_V_out_blk_n = 1'b1;
    end
end

always @ (*) begin
    if ((~((img_cols_V_out_full_n == 1'b0) | (img_rows_V_out_full_n == 1'b0) | (img_cols_V_empty_n == 1'b0) | (img_rows_V_empty_n == 1'b0) | (real_start == 1'b0) | (ap_done_reg == 1'b1)) & (1'b1 == ap_CS_fsm_state1))) begin
        img_rows_V_out_write = 1'b1;
    end else begin
        img_rows_V_out_write = 1'b0;
    end
end

always @ (*) begin
    if ((~((img_cols_V_out_full_n == 1'b0) | (img_rows_V_out_full_n == 1'b0) | (img_cols_V_empty_n == 1'b0) | (img_rows_V_empty_n == 1'b0) | (real_start == 1'b0) | (ap_done_reg == 1'b1)) & (1'b1 == ap_CS_fsm_state1))) begin
        img_rows_V_read = 1'b1;
    end else begin
        img_rows_V_read = 1'b0;
    end
end

always @ (*) begin
    if (((1'b1 == ap_CS_fsm_state2) | ((eol_2_i_reg_307 == 1'd0) & (1'b0 == ap_block_pp2_stage0) & (ap_enable_reg_pp2_iter1 == 1'b1) & (1'b1 == ap_CS_fsm_pp2_stage0)) | ((brmerge_i_reg_453 == 1'd0) & (exitcond_i_reg_444 == 1'd0) & (1'b0 == ap_block_pp1_stage0) & (ap_enable_reg_pp1_iter1 == 1'b1) & (1'b1 == ap_CS_fsm_pp1_stage0)))) begin
        input_r_TDATA_blk_n = AXI_video_strm_V_data_V_0_state[1'd0];
    end else begin
        input_r_TDATA_blk_n = 1'b1;
    end
end

always @ (*) begin
    if (((exitcond2_i_fu_369_p2 == 1'd1) & (1'b1 == ap_CS_fsm_state4))) begin
        internal_ap_ready = 1'b1;
    end else begin
        internal_ap_ready = 1'b0;
    end
end

always @ (*) begin
    if (((start_once_reg == 1'b0) & (start_full_n == 1'b0))) begin
        real_start = 1'b0;
    end else begin
        real_start = ap_start;
    end
end

always @ (*) begin
    if (((start_once_reg == 1'b0) & (real_start == 1'b1))) begin
        start_write = 1'b1;
    end else begin
        start_write = 1'b0;
    end
end

always @ (*) begin
    case (ap_CS_fsm)
        ap_ST_fsm_state1 : begin
            if ((~((img_cols_V_out_full_n == 1'b0) | (img_rows_V_out_full_n == 1'b0) | (img_cols_V_empty_n == 1'b0) | (img_rows_V_empty_n == 1'b0) | (real_start == 1'b0) | (ap_done_reg == 1'b1)) & (1'b1 == ap_CS_fsm_state1))) begin
                ap_NS_fsm = ap_ST_fsm_state2;
            end else begin
                ap_NS_fsm = ap_ST_fsm_state1;
            end
        end
        ap_ST_fsm_state2 : begin
            if (((tmp_user_V_fu_360_p1 == 1'd0) & (1'b1 == AXI_video_strm_V_data_V_0_vld_out) & (1'b1 == ap_CS_fsm_state2))) begin
                ap_NS_fsm = ap_ST_fsm_state2;
            end else if (((tmp_user_V_fu_360_p1 == 1'd1) & (1'b1 == AXI_video_strm_V_data_V_0_vld_out) & (1'b1 == ap_CS_fsm_state2))) begin
                ap_NS_fsm = ap_ST_fsm_state3;
            end else begin
                ap_NS_fsm = ap_ST_fsm_state2;
            end
        end
        ap_ST_fsm_state3 : begin
            ap_NS_fsm = ap_ST_fsm_state4;
        end
        ap_ST_fsm_state4 : begin
            if (((exitcond2_i_fu_369_p2 == 1'd1) & (1'b1 == ap_CS_fsm_state4))) begin
                ap_NS_fsm = ap_ST_fsm_state1;
            end else begin
                ap_NS_fsm = ap_ST_fsm_pp1_stage0;
            end
        end
        ap_ST_fsm_pp1_stage0 : begin
            if (~((1'b0 == ap_block_pp1_stage0_subdone) & (ap_enable_reg_pp1_iter0 == 1'b0) & (ap_enable_reg_pp1_iter1 == 1'b1) & (1'b1 == ap_CS_fsm_pp1_stage0))) begin
                ap_NS_fsm = ap_ST_fsm_pp1_stage0;
            end else if (((1'b0 == ap_block_pp1_stage0_subdone) & (ap_enable_reg_pp1_iter0 == 1'b0) & (ap_enable_reg_pp1_iter1 == 1'b1) & (1'b1 == ap_CS_fsm_pp1_stage0))) begin
                ap_NS_fsm = ap_ST_fsm_state7;
            end else begin
                ap_NS_fsm = ap_ST_fsm_pp1_stage0;
            end
        end
        ap_ST_fsm_state7 : begin
            ap_NS_fsm = ap_ST_fsm_pp2_stage0;
        end
        ap_ST_fsm_pp2_stage0 : begin
            if (~((1'b0 == ap_block_pp2_stage0_subdone) & (ap_enable_reg_pp2_iter0 == 1'b0) & (ap_enable_reg_pp2_iter1 == 1'b1) & (1'b1 == ap_CS_fsm_pp2_stage0))) begin
                ap_NS_fsm = ap_ST_fsm_pp2_stage0;
            end else if (((1'b0 == ap_block_pp2_stage0_subdone) & (ap_enable_reg_pp2_iter0 == 1'b0) & (ap_enable_reg_pp2_iter1 == 1'b1) & (1'b1 == ap_CS_fsm_pp2_stage0))) begin
                ap_NS_fsm = ap_ST_fsm_state10;
            end else begin
                ap_NS_fsm = ap_ST_fsm_pp2_stage0;
            end
        end
        ap_ST_fsm_state10 : begin
            ap_NS_fsm = ap_ST_fsm_state4;
        end
        default : begin
            ap_NS_fsm = 'bx;
        end
    endcase
end

assign AXI_video_strm_V_data_V_0_ack_in = AXI_video_strm_V_data_V_0_state[1'd1];

assign AXI_video_strm_V_data_V_0_load_A = (~AXI_video_strm_V_data_V_0_sel_wr & AXI_video_strm_V_data_V_0_state_cmp_full);

assign AXI_video_strm_V_data_V_0_load_B = (AXI_video_strm_V_data_V_0_state_cmp_full & AXI_video_strm_V_data_V_0_sel_wr);

assign AXI_video_strm_V_data_V_0_sel = AXI_video_strm_V_data_V_0_sel_rd;

assign AXI_video_strm_V_data_V_0_state_cmp_full = ((AXI_video_strm_V_data_V_0_state != 2'd1) ? 1'b1 : 1'b0);

assign AXI_video_strm_V_data_V_0_vld_in = input_r_TVALID;

assign AXI_video_strm_V_data_V_0_vld_out = AXI_video_strm_V_data_V_0_state[1'd0];

assign AXI_video_strm_V_dest_V_0_vld_in = input_r_TVALID;

assign AXI_video_strm_V_last_V_0_ack_in = AXI_video_strm_V_last_V_0_state[1'd1];

assign AXI_video_strm_V_last_V_0_load_A = (~AXI_video_strm_V_last_V_0_sel_wr & AXI_video_strm_V_last_V_0_state_cmp_full);

assign AXI_video_strm_V_last_V_0_load_B = (AXI_video_strm_V_last_V_0_state_cmp_full & AXI_video_strm_V_last_V_0_sel_wr);

assign AXI_video_strm_V_last_V_0_sel = AXI_video_strm_V_last_V_0_sel_rd;

assign AXI_video_strm_V_last_V_0_state_cmp_full = ((AXI_video_strm_V_last_V_0_state != 2'd1) ? 1'b1 : 1'b0);

assign AXI_video_strm_V_last_V_0_vld_in = input_r_TVALID;

assign AXI_video_strm_V_last_V_0_vld_out = AXI_video_strm_V_last_V_0_state[1'd0];

assign AXI_video_strm_V_user_V_0_ack_in = AXI_video_strm_V_user_V_0_state[1'd1];

assign AXI_video_strm_V_user_V_0_load_A = (~AXI_video_strm_V_user_V_0_sel_wr & AXI_video_strm_V_user_V_0_state_cmp_full);

assign AXI_video_strm_V_user_V_0_load_B = (AXI_video_strm_V_user_V_0_state_cmp_full & AXI_video_strm_V_user_V_0_sel_wr);

assign AXI_video_strm_V_user_V_0_sel = AXI_video_strm_V_user_V_0_sel_rd;

assign AXI_video_strm_V_user_V_0_state_cmp_full = ((AXI_video_strm_V_user_V_0_state != 2'd1) ? 1'b1 : 1'b0);

assign AXI_video_strm_V_user_V_0_vld_in = input_r_TVALID;

assign AXI_video_strm_V_user_V_0_vld_out = AXI_video_strm_V_user_V_0_state[1'd0];

assign ap_CS_fsm_pp1_stage0 = ap_CS_fsm[32'd4];

assign ap_CS_fsm_pp2_stage0 = ap_CS_fsm[32'd6];

assign ap_CS_fsm_state1 = ap_CS_fsm[32'd0];

assign ap_CS_fsm_state10 = ap_CS_fsm[32'd7];

assign ap_CS_fsm_state2 = ap_CS_fsm[32'd1];

assign ap_CS_fsm_state3 = ap_CS_fsm[32'd2];

assign ap_CS_fsm_state4 = ap_CS_fsm[32'd3];

assign ap_CS_fsm_state7 = ap_CS_fsm[32'd5];

assign ap_block_pp1_stage0 = ~(1'b1 == 1'b1);

always @ (*) begin
    ap_block_pp1_stage0_01001 = ((ap_enable_reg_pp1_iter1 == 1'b1) & (((1'b0 == AXI_video_strm_V_data_V_0_vld_out) & (ap_predicate_op71_read_state6 == 1'b1)) | ((exitcond_i_reg_444 == 1'd0) & (img_data_stream_V_full_n == 1'b0))));
end

always @ (*) begin
    ap_block_pp1_stage0_11001 = ((ap_enable_reg_pp1_iter1 == 1'b1) & (((1'b0 == AXI_video_strm_V_data_V_0_vld_out) & (ap_predicate_op71_read_state6 == 1'b1)) | ((exitcond_i_reg_444 == 1'd0) & (img_data_stream_V_full_n == 1'b0))));
end

always @ (*) begin
    ap_block_pp1_stage0_subdone = ((ap_enable_reg_pp1_iter1 == 1'b1) & (((1'b0 == AXI_video_strm_V_data_V_0_vld_out) & (ap_predicate_op71_read_state6 == 1'b1)) | ((exitcond_i_reg_444 == 1'd0) & (img_data_stream_V_full_n == 1'b0))));
end

assign ap_block_pp2_stage0 = ~(1'b1 == 1'b1);

always @ (*) begin
    ap_block_pp2_stage0_11001 = ((eol_2_i_reg_307 == 1'd0) & (1'b0 == AXI_video_strm_V_data_V_0_vld_out) & (ap_enable_reg_pp2_iter1 == 1'b1));
end

always @ (*) begin
    ap_block_pp2_stage0_subdone = ((eol_2_i_reg_307 == 1'd0) & (1'b0 == AXI_video_strm_V_data_V_0_vld_out) & (ap_enable_reg_pp2_iter1 == 1'b1));
end

always @ (*) begin
    ap_block_state1 = ((img_cols_V_out_full_n == 1'b0) | (img_rows_V_out_full_n == 1'b0) | (img_cols_V_empty_n == 1'b0) | (img_rows_V_empty_n == 1'b0) | (real_start == 1'b0) | (ap_done_reg == 1'b1));
end

assign ap_block_state5_pp1_stage0_iter0 = ~(1'b1 == 1'b1);

always @ (*) begin
    ap_block_state6_pp1_stage0_iter1 = (((1'b0 == AXI_video_strm_V_data_V_0_vld_out) & (ap_predicate_op71_read_state6 == 1'b1)) | ((exitcond_i_reg_444 == 1'd0) & (img_data_stream_V_full_n == 1'b0)));
end

assign ap_block_state8_pp2_stage0_iter0 = ~(1'b1 == 1'b1);

always @ (*) begin
    ap_block_state9_pp2_stage0_iter1 = ((eol_2_i_reg_307 == 1'd0) & (1'b0 == AXI_video_strm_V_data_V_0_vld_out));
end

always @ (*) begin
    ap_condition_521 = ((exitcond_i_reg_444 == 1'd0) & (1'b0 == ap_block_pp1_stage0) & (ap_enable_reg_pp1_iter1 == 1'b1) & (1'b1 == ap_CS_fsm_pp1_stage0));
end

assign ap_enable_pp1 = (ap_idle_pp1 ^ 1'b1);

assign ap_enable_pp2 = (ap_idle_pp2 ^ 1'b1);

assign ap_phi_reg_pp1_iter1_axi_last_V_2_i_reg_281 = 'bx;

assign ap_phi_reg_pp1_iter1_p_Val2_s_reg_294 = 'bx;

always @ (*) begin
    ap_predicate_op71_read_state6 = ((brmerge_i_reg_453 == 1'd0) & (exitcond_i_reg_444 == 1'd0));
end

assign ap_ready = internal_ap_ready;

assign brmerge_i_fu_394_p2 = (sof_1_i_fu_148 | ap_phi_mux_eol_i_phi_fu_251_p4);

assign cols_V_fu_356_p0 = img_cols_V_dout;

assign cols_V_fu_356_p1 = cols_V_fu_356_p0;

assign exitcond2_i_fu_369_p2 = ((t_V_reg_225 == rows_V_reg_405) ? 1'b1 : 1'b0);

assign exitcond_i_fu_380_p2 = ((t_V_2_reg_236 == cols_V_reg_410) ? 1'b1 : 1'b0);

assign i_V_fu_374_p2 = (t_V_reg_225 + 32'd1);

assign img_cols_V_out_din = img_cols_V_dout;

assign img_data_stream_V_din = ap_phi_mux_p_Val2_s_phi_fu_298_p4;

assign img_rows_V_out_din = img_rows_V_dout;

assign input_r_TREADY = AXI_video_strm_V_dest_V_0_state[1'd1];

assign j_V_fu_385_p2 = (t_V_2_reg_236 + 32'd1);

assign rows_V_fu_352_p0 = img_rows_V_dout;

assign rows_V_fu_352_p1 = rows_V_fu_352_p0;

assign start_out = real_start;

assign tmp_user_V_fu_360_p1 = AXI_video_strm_V_user_V_0_data_out;

endmodule //AXIvideo2Mat